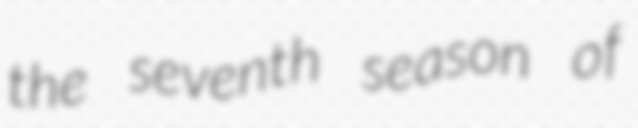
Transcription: the seventh season of